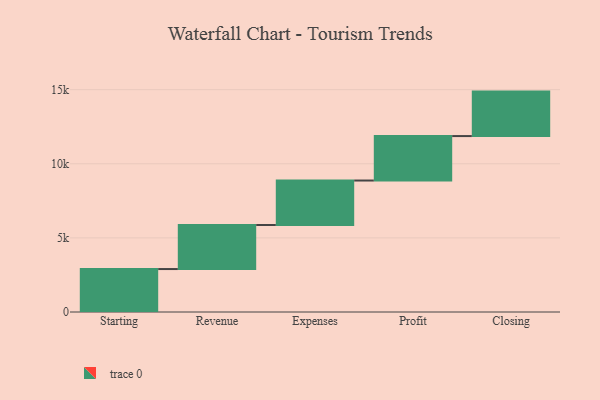
{"axis": {"x": "Step", "y": "Value"}, "legend": [""], "data": [{"x": "Starting", "y": 2898.0, "type": ""}, {"x": "Revenue", "y": 2972.0, "type": ""}, {"x": "Expenses", "y": 3000, "type": ""}, {"x": "Profit", "y": 3000, "type": ""}, {"x": "Closing", "y": 3000, "type": ""}]}